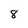
Character: 8